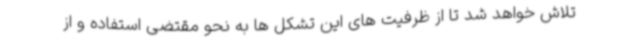
تلاش خواهد شد تا از ظرفیت های این تشکل ها به نحو مقتضی استفاده و از